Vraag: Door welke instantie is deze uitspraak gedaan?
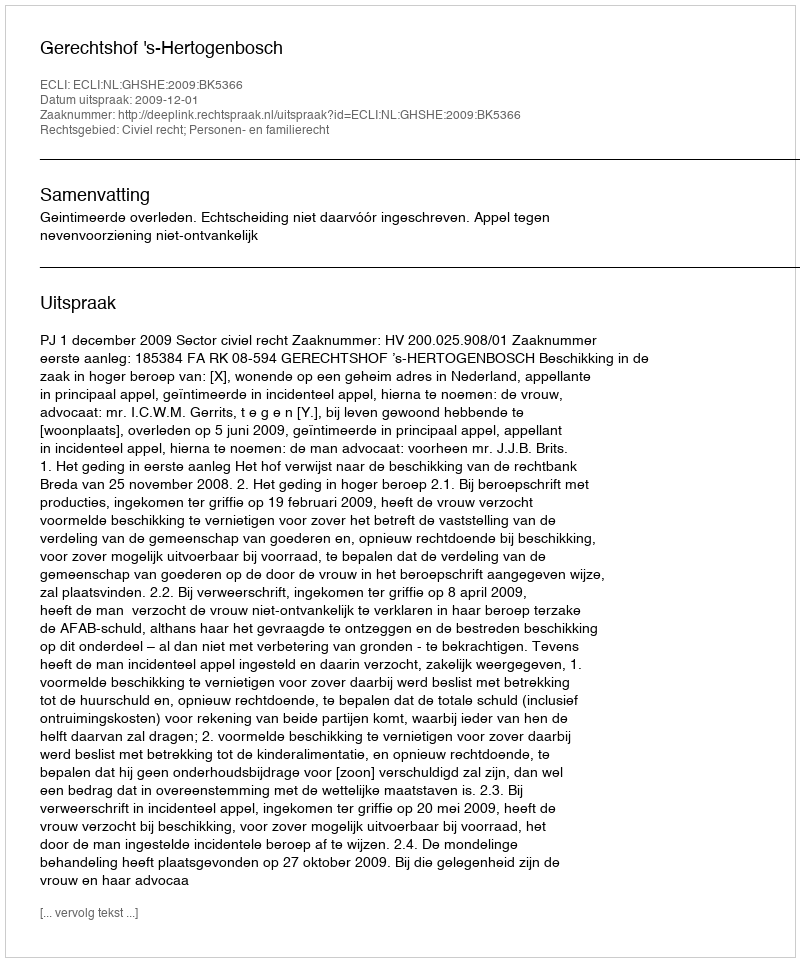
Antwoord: Gerechtshof 's-Hertogenbosch